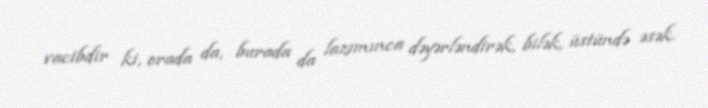
vacibdir ki, orada da, burada da lazımınca dəyərləndirək, bilək, üstündə əsək.